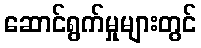
ဆောင်ရွက်မှုများတွင်